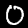
Label: 0